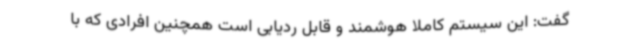
گفت: این سیستم کاملا هوشمند و قابل ردیابی است همچنین افرادی که با